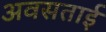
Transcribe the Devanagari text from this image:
अवसताई